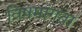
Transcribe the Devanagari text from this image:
विषमांगता